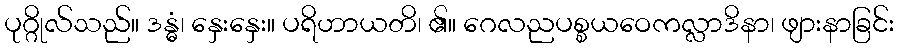
ပုဂ္ဂိုလ်သည်။ ဒန္ဓံ၊ နှေးနှေး။ ပရိဟာယတိ၊ ၏။ ဂေလညပစ္စယဝေကလ္လာဒိနာ၊ ဖျားနာခြင်း